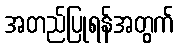
အတည်ပြုရန်အတွက်